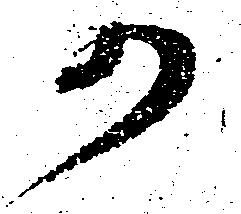
か